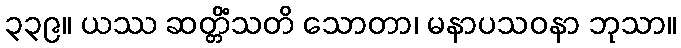
၃၃၉။ ယဿ ဆတ္တိံသတိ သောတာ၊ မနာပသဝနာ ဘုသာ။